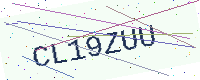
Text: CL19ZUU